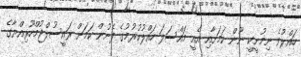
ހައްލުވެ ނިމުނީކީ ނޫން ކަމަށާއި އެއީ މައްސަލަ ހައްލުކުރުމުގެ ފެށުން ކަމަށް ރައީސުލްޖުމްހޫރިއްޔާގެ